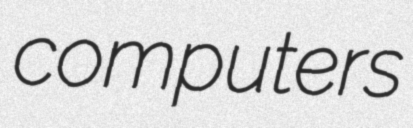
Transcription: computers